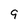
Character: 9